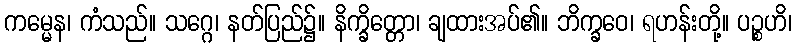
ကမ္မေန၊ ကံသည်။ သဂ္ဂေ၊ နတ်ပြည်၌။ နိက္ခိတ္တော၊ ချထားအပ်၏။ ဘိက္ခဝေ၊ ရဟန်းတို့။ ပဉ္စဟိ၊